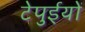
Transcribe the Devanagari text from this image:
टेपुईयों